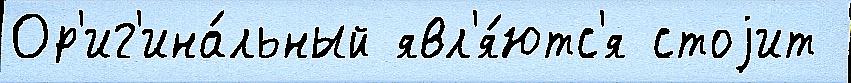
Ор'иг'ина́льный явл'я́ютс'я стоjит